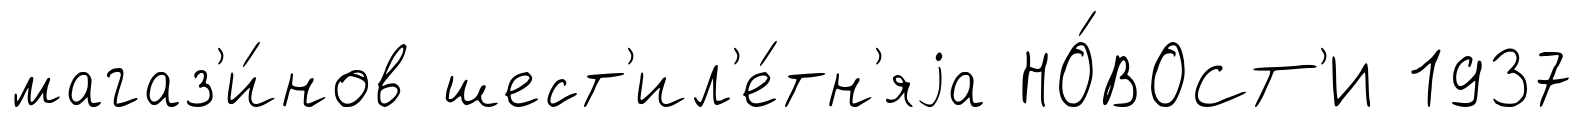
магаз'и́нов шест'ил'е́тн'яjа НО́ВОСТ'И 1937